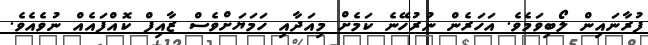
ފުރާނައިން ލޯބިވަމެވެ. އަހަރެން ނުރުހޭނެ ކަމެށް މިއަދާއި ހަމަޔަށްވެސް ޒާއިފް ކޮއްފައެއް ނުވެއެވެ.